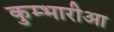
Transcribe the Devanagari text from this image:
कुम्भारीआ